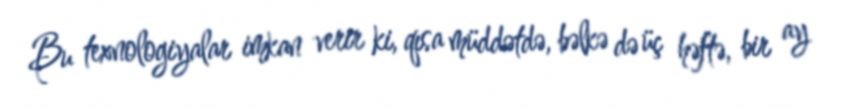
Bu texnologiyalar imkan verir ki, qısa müddətdə, bəlkə də üç həftə, bir ay